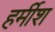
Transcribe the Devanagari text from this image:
हर्मीश